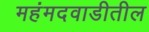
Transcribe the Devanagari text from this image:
महंमदवाडीतील